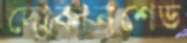
দোকানশেড